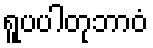
ရူပပါတုဘာဝံ